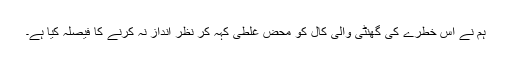
ہم نے اس خطرے کی گھنٹی والی کال کو محض غلطی کہہ کر نظر انداز نہ کرنے کا فیصلہ کیا ہے۔